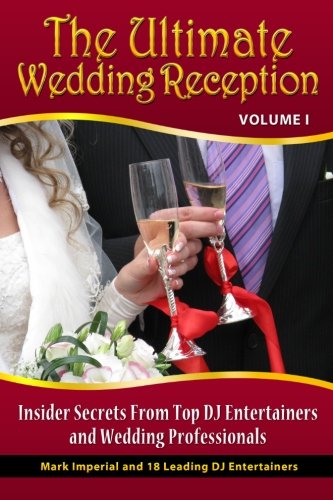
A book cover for The Ultimate Wedding Reception: Insider Secrets From Top DJ Entertainers and Event Professionals (Volume 1); Mark G Imperial; Crafts, Hobbies & Home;